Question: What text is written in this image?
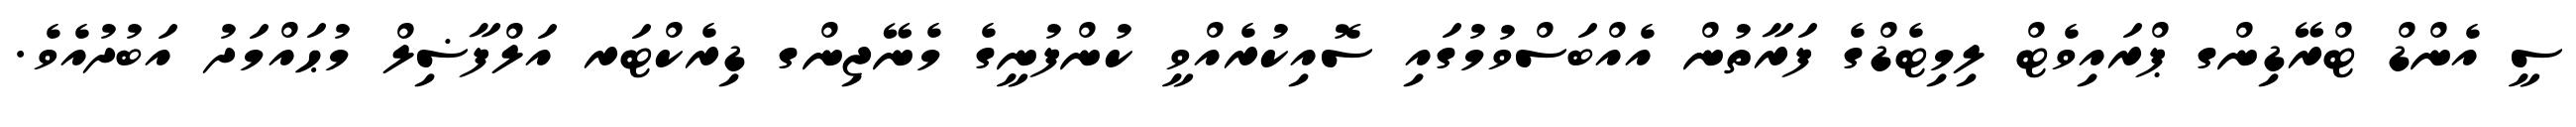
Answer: ސީ އެންޑް ޓްރޭޑިންގ ޕްރައިވެޓް ލިމިޓެޑްގެ ފަރާތުން އެއްބަސްވުމުގައި ސޮއިކުރެއްވީ ކުންފުނީގެ މެނޭޖިންގ ޑިރެކްޓަރ އަލްފާޟިލް މުޙައްމަދު އަބުދުއެވެ.